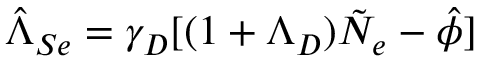
\hat { \Lambda } _ { S e } = \gamma _ { D } [ ( 1 + \Lambda _ { D } ) \tilde { N } _ { e } - \hat { \phi } ]